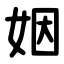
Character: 姻